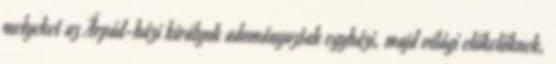
melyeket az Árpád-házi királyok adományoztak egyházi, majd világi előkelőknek,